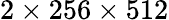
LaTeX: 2\times 256\times 512